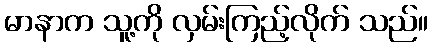
မာနာက သူ့ကို လှမ်းကြည့်လိုက် သည်။